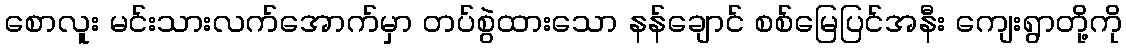
စောလူး မင်းသားလက်အောက်မှာ တပ်စွဲထားသော နန်ချောင် စစ်မြေပြင်အနီး ကျေးရွာတို့ကို